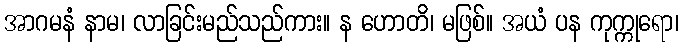
အာဂမနံ နာမ၊ လာခြင်းမည်သည်ကား။ န ဟောတိ၊ မဖြစ်။ အယံ ပန ကုက္ကုရော၊